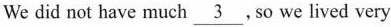
We did not have much \underline{3} ，So we lived very